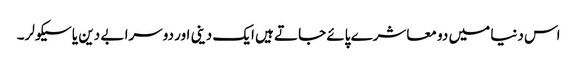
اس دنیا میں دو معاشرے پائے جاتے ہیں ایک دینی اور دوسرا بے دین یا سیکولر۔